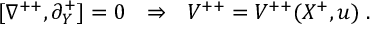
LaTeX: [ \nabla ^ { + + } , \partial _ { Y } ^ { + } ] = 0 \ \ \Rightarrow \ \ V ^ { + + } = V ^ { + + } ( X ^ { + } , u ) \; .